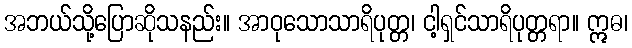
အဘယ်သို့ပြောဆိုသနည်း။ အာဝုသောသာရိပုတ္တ၊ ငါ့ရှင်သာရိပုတ္တရာ။ ဣဓ၊